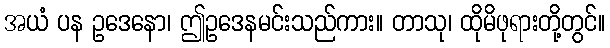
အယံ ပန ဥဒေနော၊ ဤဥဒေနမင်းသည်ကား။ တာသု၊ ထိုမိဖုရားတို့တွင်။